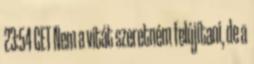
23:54 CET Nem a vitát szeretném felújítani, de a